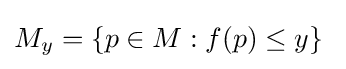
M_{y}=\{p\in M:f(p)\leq y\}\